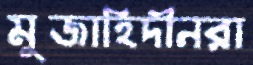
মুজাহিদীনরা